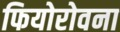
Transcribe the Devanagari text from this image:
फियोरोवना